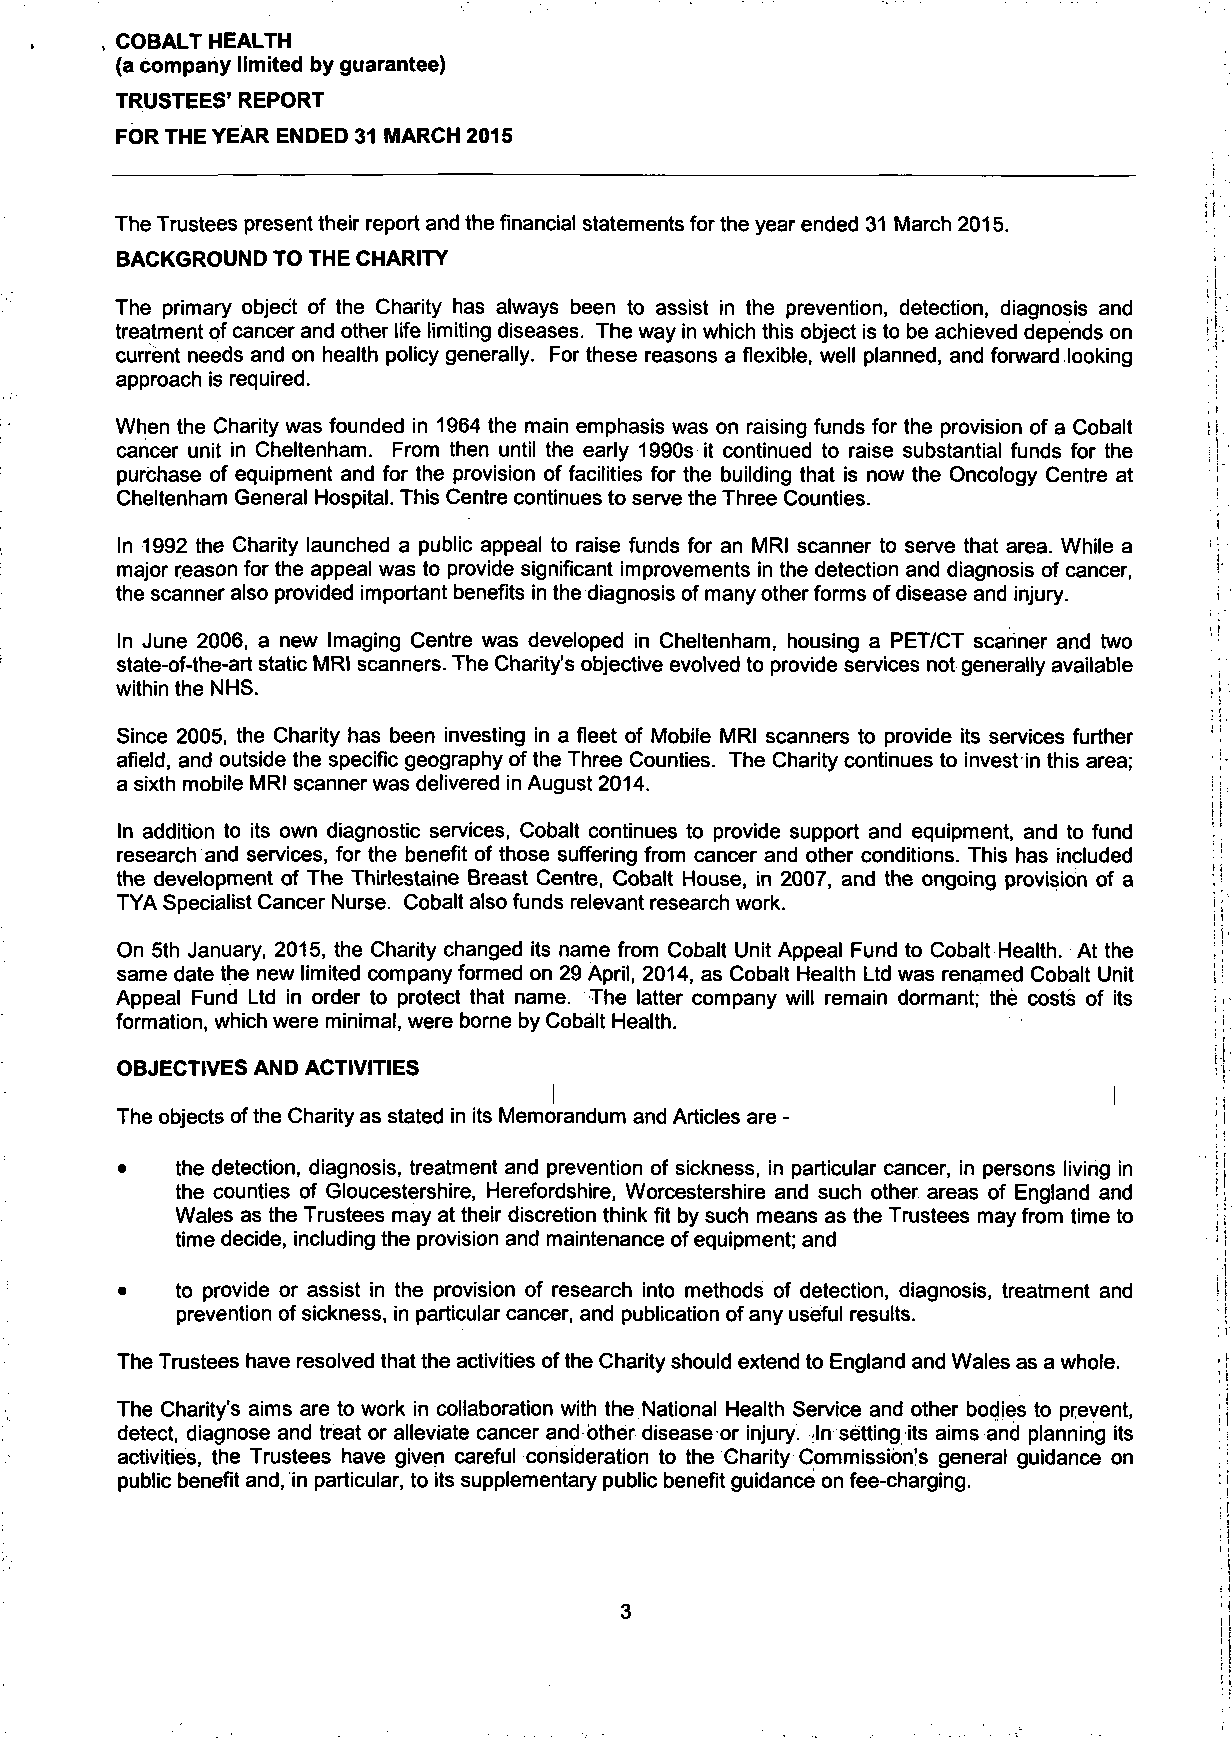
, COBALT HEALTH
 (a company limited by guarantee)
 TRUSTEES' REPORT
 FOR THE YEAR ENDED 31 MARCH 2015
 The Trustees present their report and the financial statements for the year ended 31 March 2015.
 BACKGROUND TO THE CHARITY
 The primary object of the Charity has always been to assist in the prevention, detection, diagnosis and
 treatment of cancer and other life limiting diseases. The way in which this object is to be achieved depends on
 current needs and on health policy generally. For these reasons a flexible, well planned, and forward looking
 approach is required.
 When the Charity was founded in 1964 the main emphasis was on raising funds for the provision of a Cobalt
 cancer unit in Cheltenham. From then until the early 1990s it continued to raise substantial funds for the
 purchase of equipment and for the provision of facilities for the building that is now the Oncology Centre at
 Cheltenham General Hospital. This Centre continues to serve the Three Counties.
 In 1992 the Charity launched a public appeal to raise funds for an MRI scanner to serve that area. While a
 major reason for the appeal was to provide significant improvements in the detection and diagnosis of cancer,
 the scanner also provided important benefits in the diagnosis of many other forms of disease and injury.
 In June 2006, a new Imaging Centre was developed in Cheltenham, housing a PET/CT scanner and two
 state-of-the-art static MRI scanners. The Charity's objective evolved to provide services not generally available
 within the NHS.
 Since 2005, the Charity has been investing in a fleet of Mobile MRI scanners to provide its services further
 afield, and outside the specific geography of the Three Counties. The Charity continues to invest in this area;
 a sixth mobile MRI scanner was delivered in August 2014.
 In addition to its own diagnostic services, Cobalt continues to provide support and equipment, and to fund
 research and services, for the benefit of those suffering from cancer and other conditions. This has included
 the development of The Thirlestaine Breast Centre, Cobalt House, in 2007, and the ongoing provision of a
 TYA Specialist Cancer Nurse. Cobalt also funds relevant research work.
 On 5th January, 2015, the Charity changed its name from Cobalt Unit Appeal Fund to Cobalt Health. At the
 same date the new limited company formed on 29 April, 2014, as Cobalt Health Ltd was renamed Cobalt Unit
 Appeal Fund Ltd in order to protect that name. The latter company will remain dormant; the costs of its
 formation, which were minimal, were borne by Cobalt Health.
 OBJECTIVES AND ACTIVITIES
 I                                    I
 The objects of the Charity as stated in its Memorandum and Articles are -
 •   the detection, diagnosis, treatment and prevention of sickness, in particular cancer, in persons living in
 the counties of Gloucestershire, Herefordshire, Worcestershire and such other areas of England and
 Wales as the Trustees may at their discretion think fit by such means as the Trustees may from time to
 time decide, including the provision and maintenance of equipment; and
 •   to provide or assist in the provision of research into methods of detection, diagnosis, treatment and
 prevention of sickness, in particular cancer, and publication of any useful results.
 The Trustees have resolved that the activities of the Charity should extend to England and Wales as a whole.
 The Charity's aims are to work in collaboration with the National Health Service and other bodjes to prevent,
 detect, diagnose and treat or alleviate cancer and other disease or injury. ln setting its aims and planning its
 ;
 activities, the Trustees have given careful consideration to the Charity Commission's general guidance on
 public benefit and, in particular, to its supplementary public benefit guidance on fee-charging.
 3